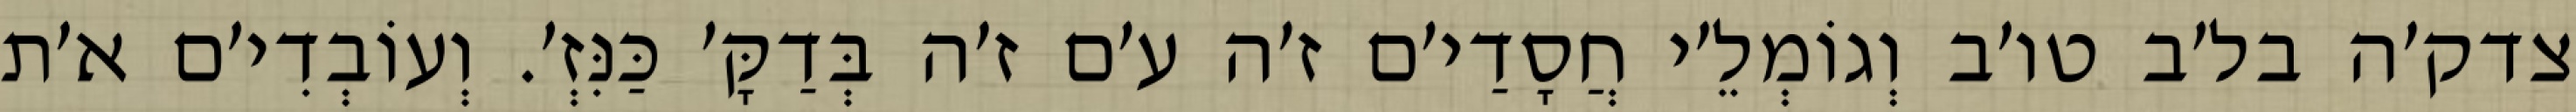
צדק׳ה בל׳ב טו׳ב וְגוֹמְלֵ׳י חֲסָדַי׳ם ז׳ה ע׳ם ז׳ה בְּדַקָּ׳ כַּנִּזְ׳. וְעוֹבְדִי׳ם א׳ת